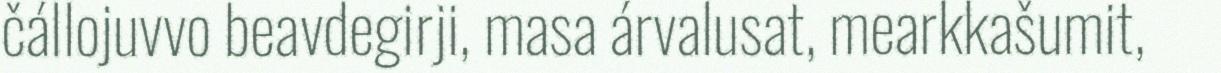
čállojuvvo beavdegirji, masa árvalusat, mearkkašumit,